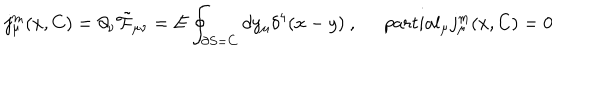
LaTeX: j _ { \mu } ^ { m } ( x , C ) = \partial _ { \nu } \tilde { { \cal F } } _ { \mu \nu } = E \oint _ { \partial S = C } d y _ { \mu } \delta ^ { 4 } ( x - y ) \ , \ \, p a r t i a l _ { \mu } j _ { \mu } ^ { m } ( x , C ) = 0